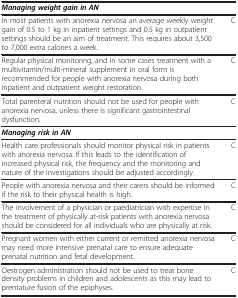
<table><thead><tr><td><b><i>Managing weight gain in AN</i></b></td><td><b> </b></td></tr></thead><tbody><tr><td>In most patients with anorexia nervosa an average weekly weight gain of 0.5 to 1 kg in inpatient settings and 0.5 kg in outpatient settings should be an aim of treatment. This requires about 3,500 to 7,000 extra calories a week.</td><td>C</td></tr><tr><td>Regular physical monitoring, and in some cases treatment with a multivitamin/multi-mineral supplement in oral form is recommended for people with anorexia nervosa during both inpatient and outpatient weight restoration.</td><td>C</td></tr><tr><td>Total parenteral nutrition should not be used for people with anorexia nervosa, unless there is significant gastrointestinal dysfunction.</td><td>C</td></tr><tr><td><b><i>Managing risk in AN</i></b></td><td> </td></tr><tr><td>Health care professionals should monitor physical risk in patients with anorexia nervosa. If this leads to the identification of increased physical risk, the frequency and the monitoring and nature of the investigations should be adjusted accordingly.</td><td>C</td></tr><tr><td>People with anorexia nervosa and their carers should be informed if the risk to their physical health is high.</td><td>C</td></tr><tr><td>The involvement of a physician or paediatrician with expertise in the treatment of physically at-risk patients with anorexia nervosa should be considered for all individuals who are physically at risk.</td><td>C</td></tr><tr><td>Pregnant women with either current or remitted anorexia nervosa may need more intensive prenatal care to ensure adequate prenatal nutrition and fetal development.</td><td>C</td></tr><tr><td>Oestrogen administration should not be used to treat bone density problems in children and adolescents as this may lead to premature fusion of the epiphyses.</td><td>C</td></tr></tbody></table>